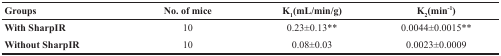
<table><thead><tr><td><b>Groups</b></td><td><b>No. of mice</b></td><td><b>K<sub>1</sub>(mL/min/g)</b></td><td><b>K<sub>2</sub>(min<sup>−1</sup>)</b></td></tr></thead><tbody><tr><td><b>With SharpIR</b></td><td>10</td><td>0.23±0.13**</td><td>0.0044±0.0015**</td></tr><tr><td><b>Without SharpIR</b></td><td>10</td><td>0.08±0.03</td><td>0.0023±0.0009</td></tr></tbody></table>